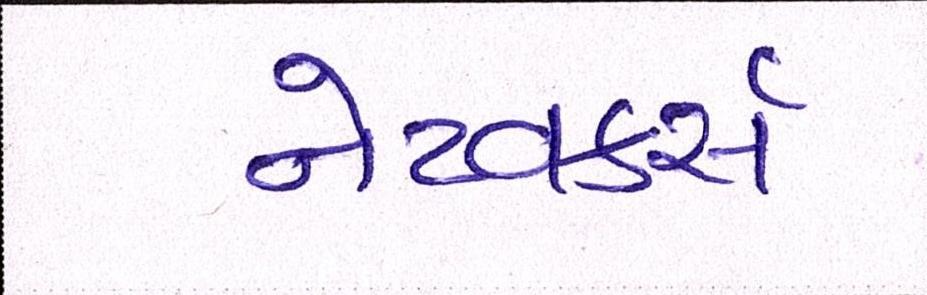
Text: નેટવર્ક્સ